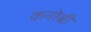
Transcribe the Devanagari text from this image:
कनोबी